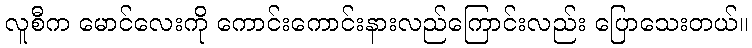
လူစီက မောင်လေးကို ကောင်းကောင်းနားလည်ကြောင်းလည်း ပြောသေးတယ်။